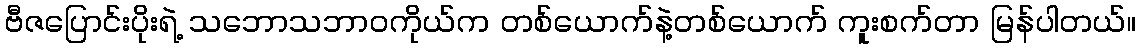
ဗီဇပြောင်းပိုးရဲ့ သဘောသဘာဝကိုယ်က တစ်ယောက်နဲ့တစ်ယောက် ကူးစက်တာ မြန်ပါတယ်။